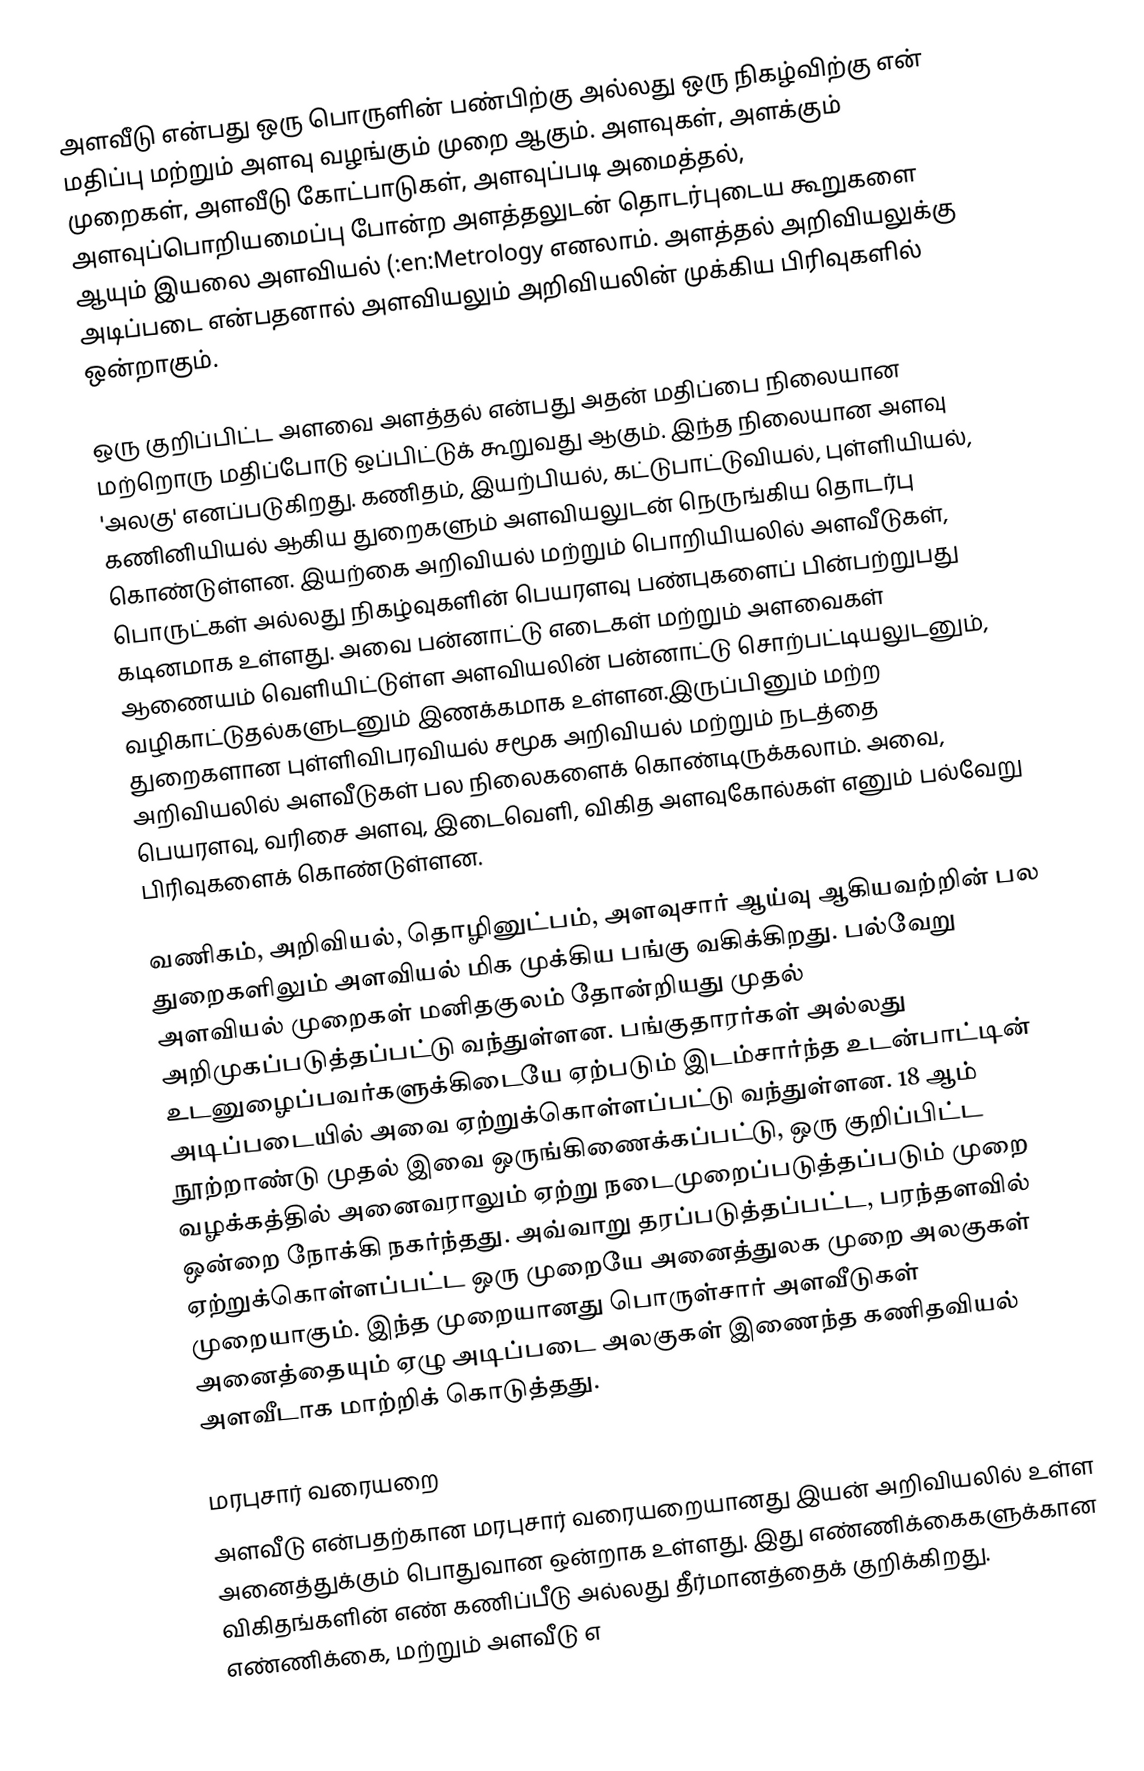
அளவீடு என்பது ஒரு பொருளின் பண்பிற்கு அல்லது ஒரு நிகழ்விற்கு என் மதிப்பு மற்றும் அளவு வழங்கும் முறை ஆகும். அளவுகள், அளக்கும் முறைகள், அளவீடு கோட்பாடுகள், அளவுப்படி அமைத்தல், அளவுப்பொறியமைப்பு போன்ற அளத்தலுடன் தொடர்புடைய கூறுகளை ஆயும் இயலை அளவியல் (:en:Metrology எனலாம். அளத்தல் அறிவியலுக்கு அடிப்படை என்பதனால் அளவியலும் அறிவியலின் முக்கிய பிரிவுகளில் ஒன்றாகும்.

ஒரு குறிப்பிட்ட அளவை அளத்தல் என்பது அதன் மதிப்பை நிலையான மற்றொரு மதிப்போடு ஒப்பிட்டுக் கூறுவது ஆகும். இந்த நிலையான அளவு 'அலகு' எனப்படுகிறது. கணிதம், இயற்பியல், கட்டுபாட்டுவியல், புள்ளியியல், கணினியியல் ஆகிய துறைகளும் அளவியலுடன் நெருங்கிய தொடர்பு கொண்டுள்ளன. இயற்கை அறிவியல் மற்றும் பொறியியலில் அளவீடுகள், பொருட்கள் அல்லது நிகழ்வுகளின் பெயரளவு பண்புகளைப் பின்பற்றுபது கடினமாக உள்ளது. அவை பன்னாட்டு எடைகள் மற்றும் அளவைகள் ஆணையம் வெளியிட்டுள்ள அளவியலின் பன்னாட்டு சொற்பட்டியலுடனும், வழிகாட்டுதல்களுடனும் இணக்கமாக உள்ளன.இருப்பினும் மற்ற துறைகளான புள்ளிவிபரவியல் சமூக அறிவியல் மற்றும் நடத்தை அறிவியலில் அளவீடுகள் பல நிலைகளைக் கொண்டிருக்கலாம். அவை, பெயரளவு, வரிசை அளவு, இடைவெளி, விகித அளவுகோல்கள் எனும் பல்வேறு பிரிவுகளைக் கொண்டுள்ளன.

வணிகம், அறிவியல், தொழினுட்பம், அளவுசார் ஆய்வு ஆகியவற்றின் பல துறைகளிலும் அளவியல் மிக முக்கிய பங்கு வகிக்கிறது. பல்வேறு அளவியல் முறைகள் மனிதகுலம் தோன்றியது முதல் அறிமுகப்படுத்தப்பட்டு வந்துள்ளன. பங்குதாரர்கள் அல்லது உடனுழைப்பவர்களுக்கிடையே ஏற்படும் இடம்சார்ந்த உடன்பாட்டின் அடிப்படையில் அவை ஏற்றுக்கொள்ளப்பட்டு வந்துள்ளன. 18 ஆம் நூற்றாண்டு முதல் இவை ஒருங்கிணைக்கப்பட்டு, ஒரு குறிப்பிட்ட வழக்கத்தில் அனைவராலும் ஏற்று நடைமுறைப்படுத்தப்படும் முறை ஒன்றை நோக்கி நகர்ந்தது. அவ்வாறு தரப்படுத்தப்பட்ட, பரந்தளவில் ஏற்றுக்கொள்ளப்பட்ட ஒரு முறையே அனைத்துலக முறை அலகுகள் முறையாகும். இந்த முறையானது பொருள்சார் அளவீடுகள் அனைத்தையும் ஏழு அடிப்படை அலகுகள் இணைந்த கணிதவியல் அளவீடாக மாற்றிக் கொடுத்தது.

மரபுசார் வரையறை
அளவீடு என்பதற்கான மரபுசார் வரையறையானது இயன் அறிவியலில் உள்ள அனைத்துக்கும் பொதுவான ஒன்றாக உள்ளது. இது எண்ணிக்கைகளுக்கான விகிதங்களின் எண் கணிப்பீடு அல்லது தீர்மானத்தைக் குறிக்கிறது. எண்ணிக்கை, மற்றும் அளவீடு எ